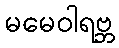
မမေဝါရဗ္ဘ